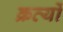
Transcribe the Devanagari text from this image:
क्रत्यों